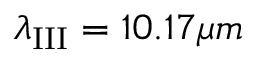
\lambda _ { \mathrm { I I I } } = 1 0 . 1 7 \mu m